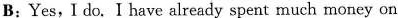
B;Yes,I do. I have already spent much money on